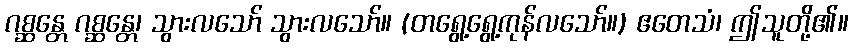
ဂစ္ဆန္တေ ဂစ္ဆန္တေ၊ သွားလသော် သွားလသော်။ (တရွေ့ရွေ့ကုန်လသော်။) ဧတေသံ၊ ဤသူတို့၏။